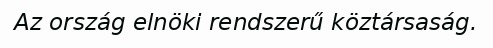
Az ország elnöki rendszerű köztársaság.